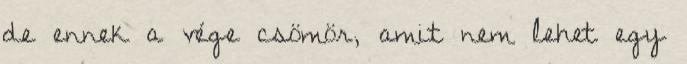
de ennek a vége csömör, amit nem lehet egy